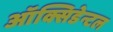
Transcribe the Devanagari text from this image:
ऑक्सिडेन्टल